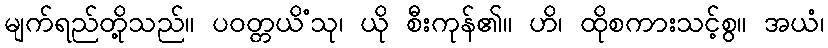
မျက်ရည်တို့သည်။ ပဝတ္တယိံသု၊ ယို စီးကုန်၏။ ဟိ၊ ထိုစကားသင့်စွ။ အယံ၊